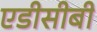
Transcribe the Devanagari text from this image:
एडीसीबी